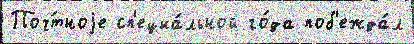
Поч́тноjе сп'ециа́льной го́да поб'ежда́л